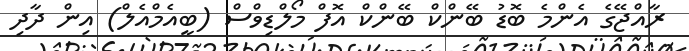
ރާއްޖޭގެ އެންމެ ބޮޑު ބޭންކް ބޭންކް އޮފް މޯލްޑިވްސް (ބީއެމްއެލް) އިން ދާދި